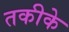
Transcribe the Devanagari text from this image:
तकीके